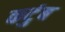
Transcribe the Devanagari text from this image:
कटुंब